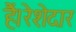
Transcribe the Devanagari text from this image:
हैं।रेशेदार